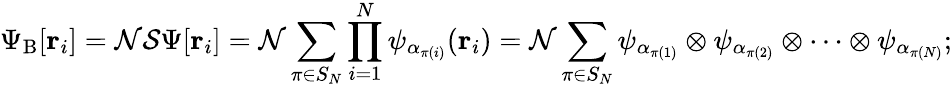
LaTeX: \Psi_{\mathrm{{B}}}[\mathbf{r}_{i}]={\mathcal{N}}{\mathcal{S}}\Psi[\mathbf{r}_{i}]={\mathcal{N}}\sum_{\pi\in S_{N}}\prod_{i=1}^{N}\psi_{\alpha_{\pi(i)}}(\mathbf{r}_{i})={\mathcal{N}}\sum_{\pi\in S_{N}}\psi_{\alpha_{\pi(1)}}\otimes\psi_{\alpha_{\pi(2)}}\otimes\cdots\otimes\psi_{\alpha_{\pi(N)}};